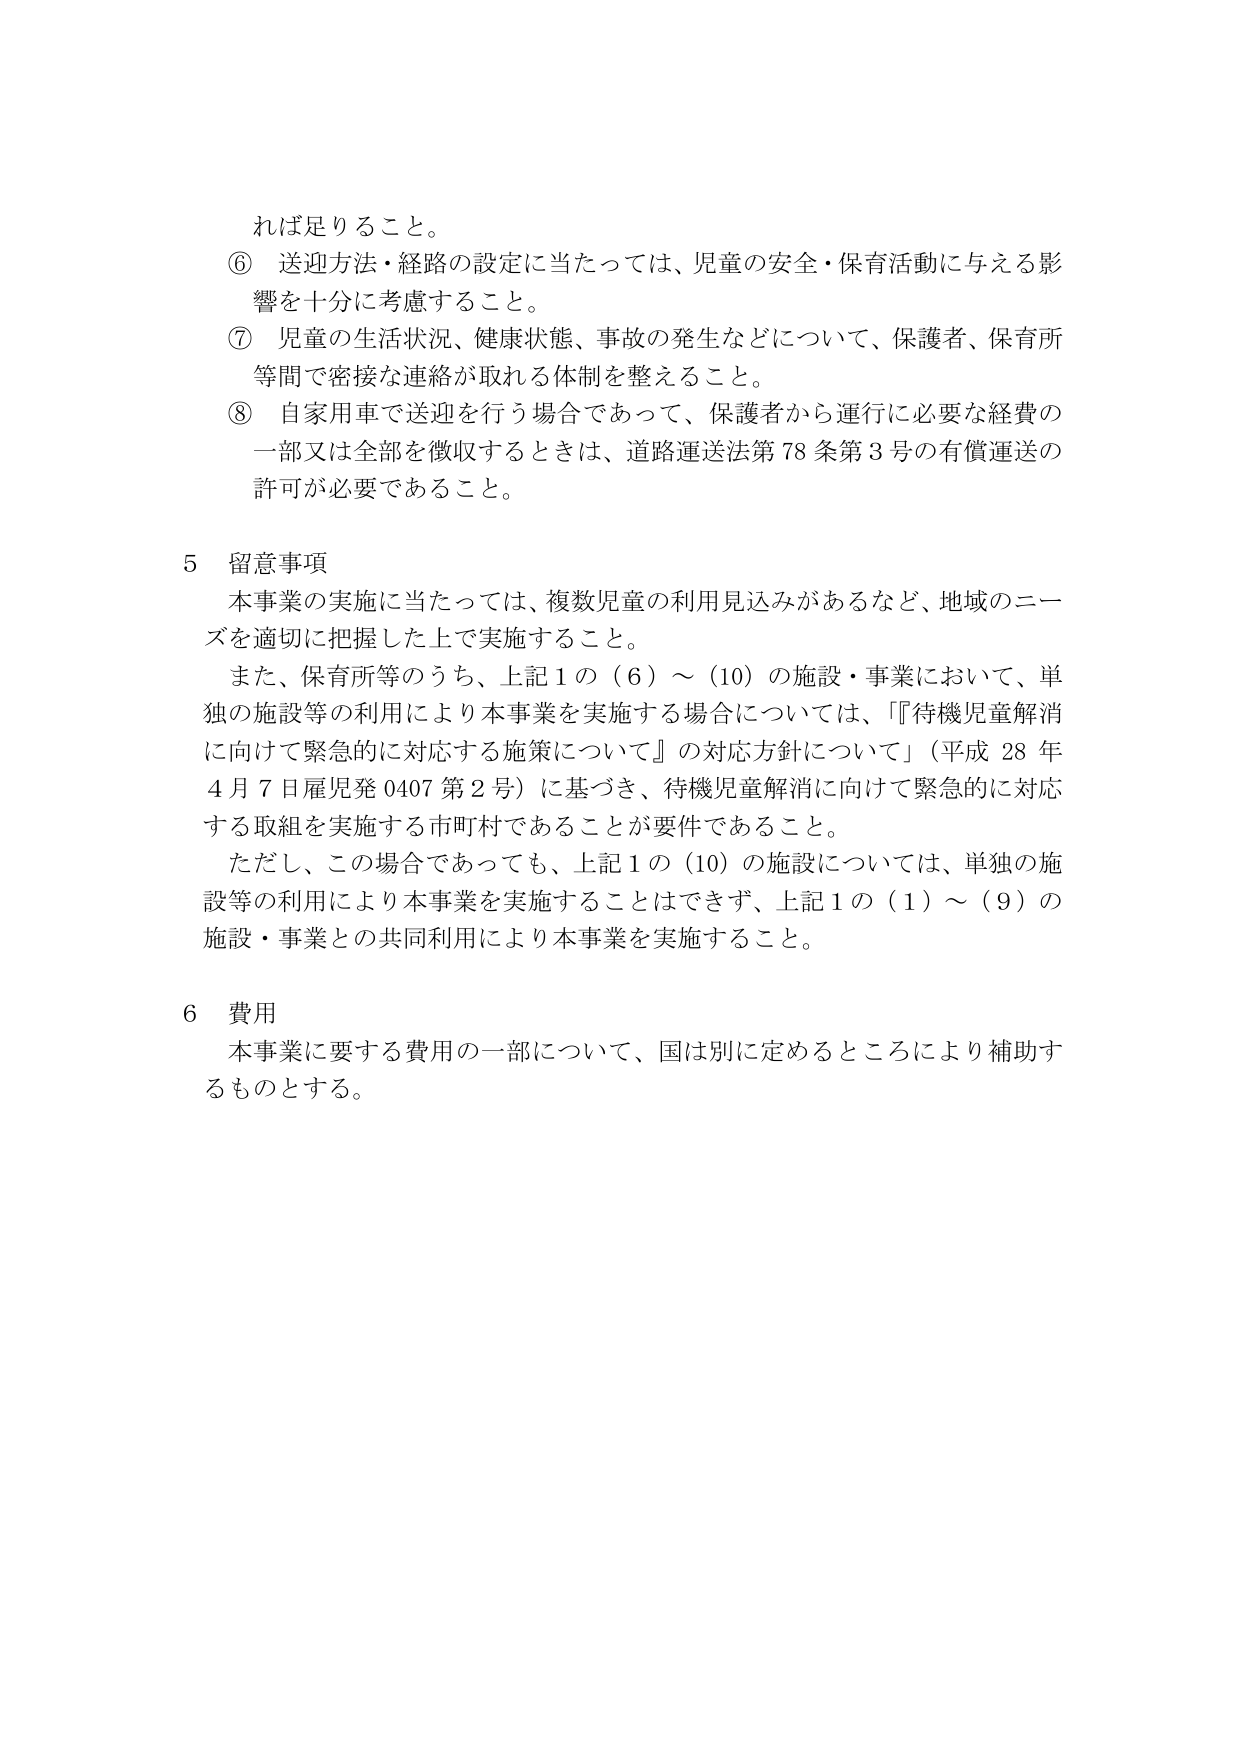
れば足りること。

⑥ 送迎方法・経路の設定に当たっては、児童の安全・保育活動に与える影響を十分に考慮すること。

⑦ 児童の生活状況、健康状態、事故の発生などについて、保護者、保育所等間で密接な連絡が取れる体制を整えること。

⑧ 自家用車で送迎を行う場合であって、保護者から運行に必要な経費の一部又は全部を徴収するときは、道路運送法第78条第3号の有償運送の許可が必要であること。

5 留意事項

本事業の実施に当たっては、複数児童の利用見込みがあるなど、地域のニーズを適切に把握した上で実施すること。

また、保育所等のうち、上記1の（6）～（10）の施設・事業において、単独の施設等の利用により本事業を実施する場合については、「待機児童解消に向けて緊急的に対応する施策について」の対応方針について（平成28年4月7日雇児発0407第2号）に基づき、待機児童解消に向けて緊急的に対応する取組を実施する市町村であることが要件であること。

ただし、この場合であっても、上記1の（10）の施設については、単独の施設等の利用により本事業を実施することはできず、上記1の（1）～（9）の施設・事業との共同利用により本事業を実施すること。

6 費用

本事業に要する費用の一部について、国は別に定めるところにより補助するものとする。